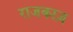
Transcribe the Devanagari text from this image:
राजकाज़